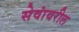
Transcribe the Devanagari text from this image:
सेवांवरील